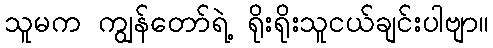
သူမက ကျွန်တော်ရဲ့ ရိုးရိုးသူငယ်ချင်းပါဗျာ။